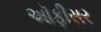
અૉફીસર